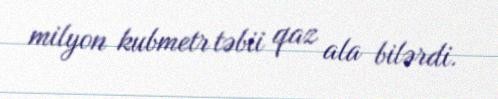
milyon kubmetr təbii qaz ala bilərdi.